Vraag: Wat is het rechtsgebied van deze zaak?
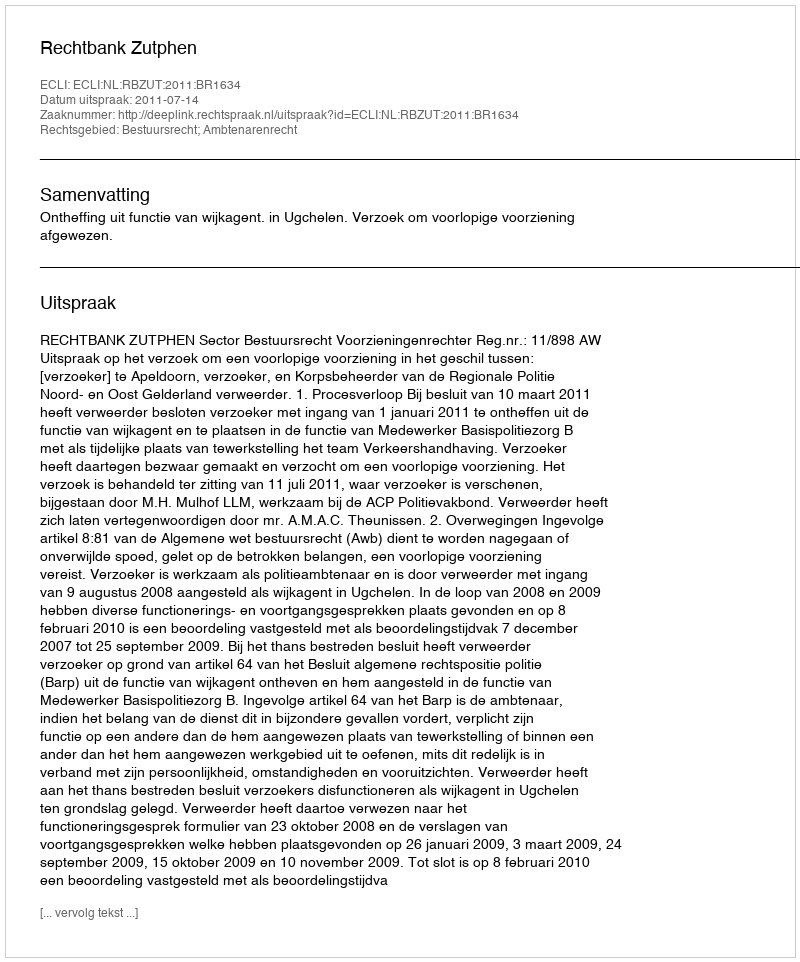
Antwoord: Bestuursrecht; Ambtenarenrecht